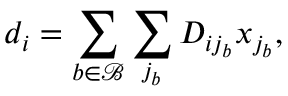
d _ { i } = \sum _ { b \in \mathcal { B } } \sum _ { j _ { b } } D _ { i j _ { b } } x _ { j _ { b } } ,